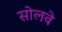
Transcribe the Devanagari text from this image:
सोलवे